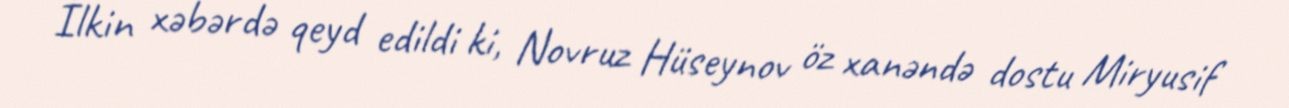
İlkin xəbərdə qeyd edildi ki, Novruz Hüseynov öz xanəndə dostu Miryusif